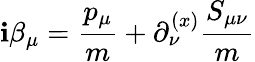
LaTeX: \mathbf{i}\beta_{\mu}={\frac{{p_{\mu}}}{{m}}}+\partial_{\nu}^{(x)}{{\frac{{S_{\mu\nu}}}{{m}}}}